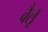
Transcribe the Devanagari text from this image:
वैलू